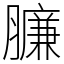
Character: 臁